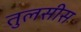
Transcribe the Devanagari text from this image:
तुलसीस